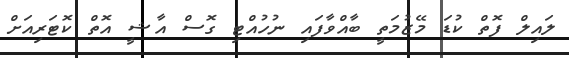
ލައިލް ފޮތް ކުޑަ މޭޒުމަތީ ބާއްވާފައި ނުހުއްޓި ގޮސް އާޝީ އޮތް ކޮޓަރިއަށް